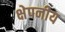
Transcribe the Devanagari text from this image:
क्षेपनीय